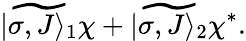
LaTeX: \widetilde{|\sigma,J\rangle_{1}}\chi+\widetilde{|\sigma,J\rangle_{2}}\chi^{*}.